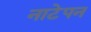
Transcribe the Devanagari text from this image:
नाटेपन